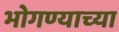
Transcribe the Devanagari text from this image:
भोगण्याच्या